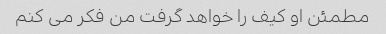
مطمئن او کیف را خواهد گرفت من فکر می کنم